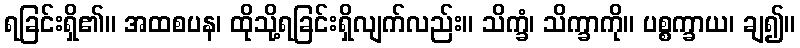
ရခြင်းရှိ၏။ အထစပန၊ ထိုသို့ရခြင်းရှိလျက်လည်း။ သိက္ခံ၊ သိက္ခာကို။ ပစ္စက္ခာယ၊ ချ၍။